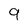
Character: 9